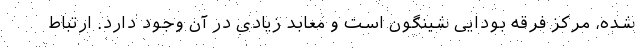
شده، مرکز فرقه بودایی شینگون است و معابد زیادی در آن وجود دارد. ارتباط